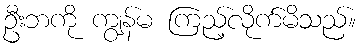
ဦးဘကို ကျွန်မ ကြည့်လိုက်မိသည်။